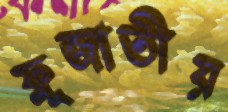
ফ্লুজাতীয়